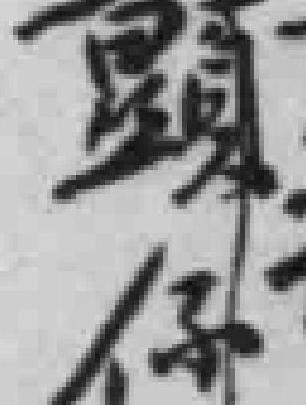
頭係